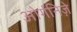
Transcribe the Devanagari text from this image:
ओर्गनिज़े